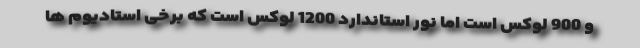
و 900 لوکس است اما نور استاندارد 1200 لوکس است که برخی استادیوم ها